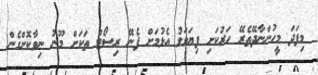
މިފަދަ މީހުންނާދޭތެރޭ ހަރުކަށި ފިޔަވަޅު އެޅުމަށް ފެނޭ ރިސޯޓް ތަކަށް މޫނު ނިވާކޮށްގެން